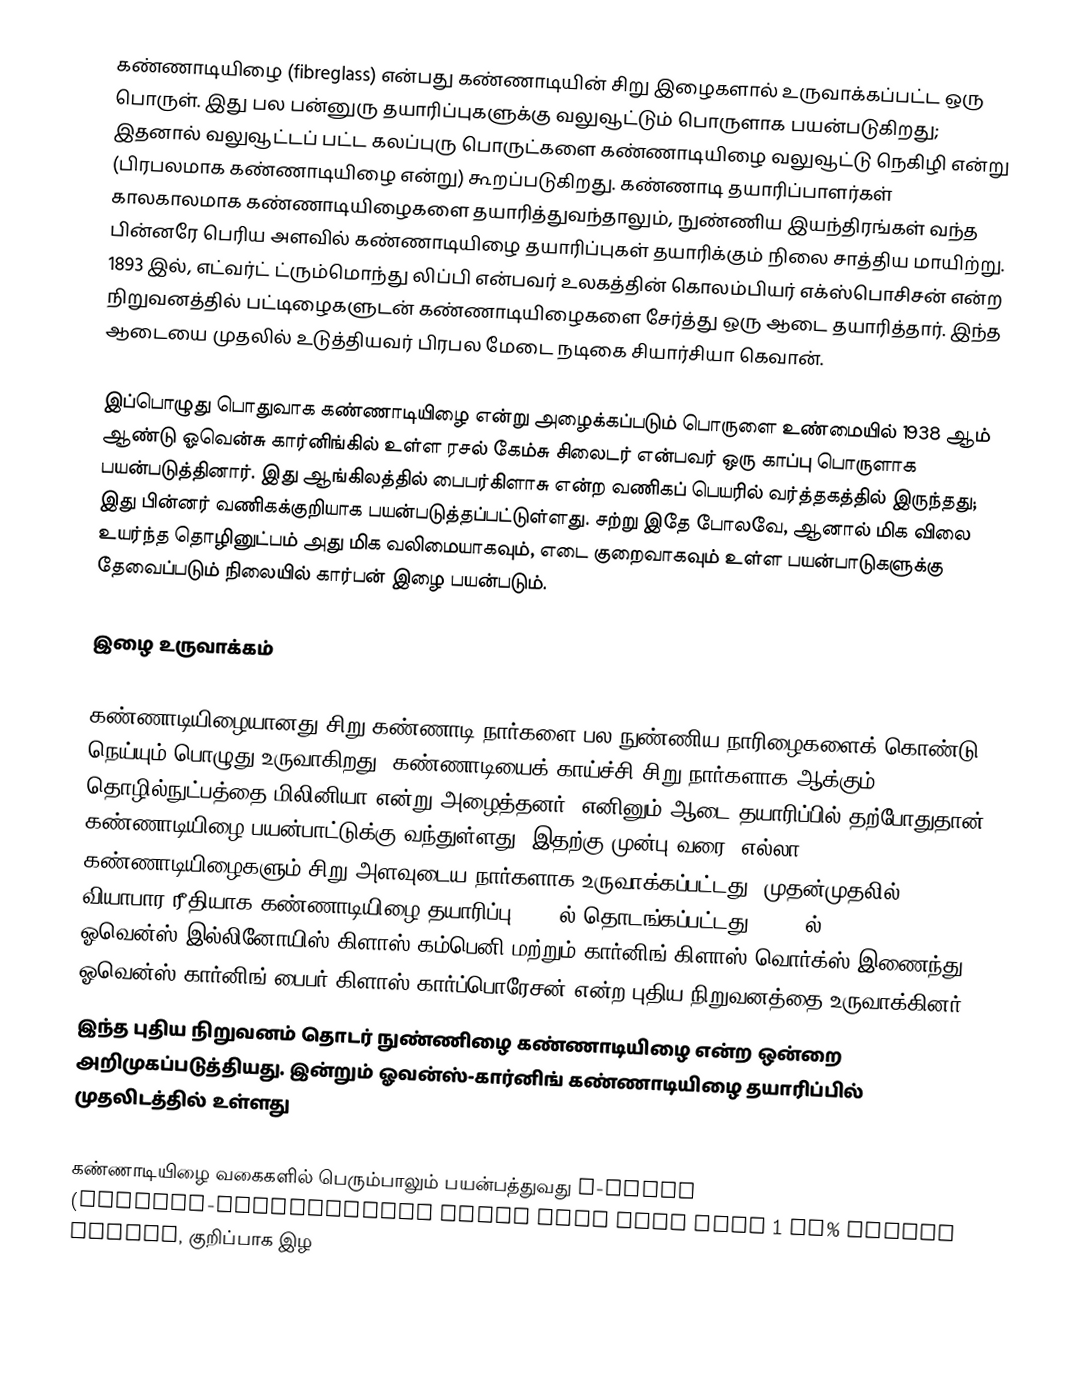
கண்ணாடியிழை (fibreglass)  என்பது கண்ணாடியின் சிறு இழைகளால் உருவாக்கப்பட்ட ஒரு பொருள். இது பல பன்னுரு தயாரிப்புகளுக்கு வலுவூட்டும் பொருளாக பயன்படுகிறது; இதனால் வலுவூட்டப் பட்ட கலப்புரு பொருட்களை கண்ணாடியிழை வலுவூட்டு நெகிழி என்று (பிரபலமாக கண்ணாடியிழை என்று) கூறப்படுகிறது. கண்ணாடி தயாரிப்பாளர்கள் காலகாலமாக கண்ணாடியிழைகளை தயாரித்துவந்தாலும், நுண்ணிய இயந்திரங்கள் வந்த பின்னரே பெரிய அளவில் கண்ணாடியிழை தயாரிப்புகள் தயாரிக்கும் நிலை சாத்திய மாயிற்று. 1893 இல், எட்வர்ட் ட்ரும்மொந்து லிப்பி என்பவர் உலகத்தின் கொலம்பியர் எக்ஸ்பொசிசன் என்ற நிறுவனத்தில் பட்டிழைகளுடன் கண்ணாடியிழைகளை சேர்த்து ஒரு ஆடை தயாரித்தார். இந்த ஆடையை முதலில் உடுத்தியவர் பிரபல மேடை நடிகை சியார்சியா கெவான்.

இப்பொழுது பொதுவாக கண்ணாடியிழை என்று அழைக்கப்படும் பொருளை உண்மையில் 1938 ஆம் ஆண்டு ஓவென்சு கார்னிங்கில் உள்ள ரசல் கேம்சு சிலைடர் என்பவர் ஒரு காப்பு பொருளாக பயன்படுத்தினார். இது ஆங்கிலத்தில் பைபர்கிளாசு என்ற வணிகப் பெயரில் வர்த்தகத்தில் இருந்தது; இது பின்னர் வணிகக்குறியாக பயன்படுத்தப்பட்டுள்ளது. சற்று இதே போலவே, ஆனால் மிக விலை உயர்ந்த தொழினுட்பம் அது மிக வலிமையாகவும், எடை குறைவாகவும் உள்ள பயன்பாடுகளுக்கு தேவைப்படும் நிலையில் கார்பன் இழை பயன்படும்.

இழை உருவாக்கம்

கண்ணாடியிழையானது சிறு கண்ணாடி நார்களை பல நுண்ணிய நாரிழைகளைக் கொண்டு நெய்யும் பொழுது உருவாகிறது. கண்ணாடியைக் காய்ச்சி சிறு நார்களாக ஆக்கும் தொழில்நுட்பத்தை மிலினியா என்று அழைத்தனர்; எனினும் ஆடை தயாரிப்பில் தற்போதுதான் கண்ணாடியிழை பயன்பாட்டுக்கு வந்துள்ளது. இதற்கு முன்பு வரை, எல்லா கண்ணாடியிழைகளும் சிறு அளவுடைய நார்களாக உருவாக்கப்பட்டது. முதன்முதலில் வியாபார ரீதியாக கண்ணாடியிழை தயாரிப்பு 1936 ல் தொடங்கப்பட்டது. 1938 ல் ஓவென்ஸ்-இல்லினோயிஸ் கிளாஸ் கம்பெனி மற்றும்  கார்னிங் கிளாஸ் வொர்க்ஸ் இணைந்து ஓவென்ஸ்-கார்னிங் பைபர் கிளாஸ் கார்ப்பொரேசன் என்ற புதிய நிறுவனத்தை உருவாக்கினர்.
இந்த புதிய நிறுவனம் தொடர் நுண்ணிழை கண்ணாடியிழை என்ற ஒன்றை அறிமுகப்படுத்தியது. இன்றும் ஓவன்ஸ்-கார்னிங் கண்ணாடியிழை தயாரிப்பில் முதலிடத்தில் உள்ளது

கண்ணாடியிழை வகைகளில் பெரும்பாலும் பயன்பத்துவது E-glass (alumino-borosilicate glass with less than 1 wt% alkali oxides, குறிப்பாக இழ